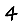
Digit: 4